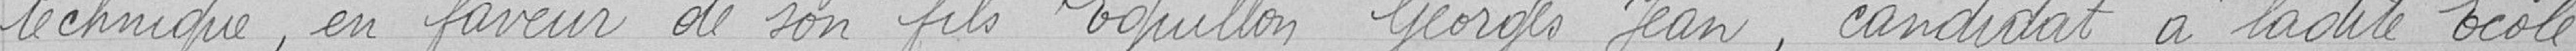
technique, en faveur de son fils Eguillon Georges Jean, candidat à ladite Ecole